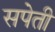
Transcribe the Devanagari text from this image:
सपेती